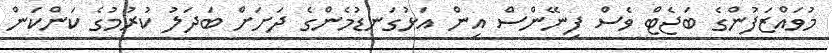
މުވައްޒަފުންގެ ބަޖެޓް ވެސް ފިނޭންސް އިން އަޅުގަނޑުމެންގެ ދަށަށް ބަދަލު ކުރުމުގެ ކަންކަން